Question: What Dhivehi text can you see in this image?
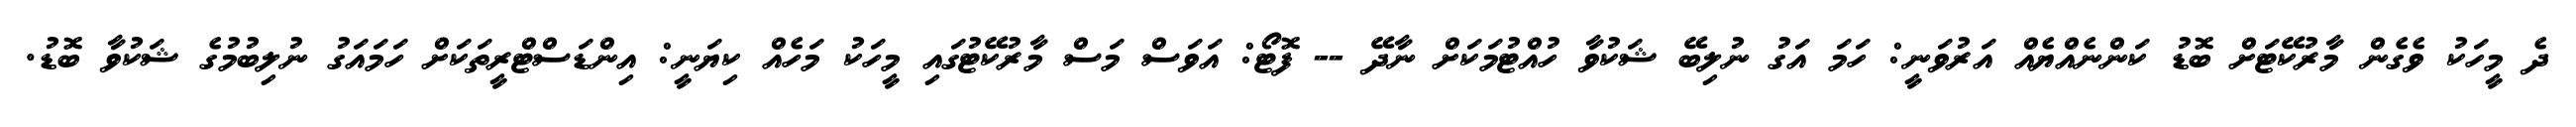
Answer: ދެ މީހަކު ވެގެން މާރުކޭޓަށް ބޮޑު ކަންނެއްޔެއް އަރުވަނީ: ހަމަ އަގު ނުލިބޭ ޝަކުވާ ހުއްޓުމަކަށް ނާދޭ -- ފޮޓޯ: އަވަސް މަސް މާރުކޭޓުގައި މީހަކު މަހެއް ކިޔަނީ: އިންޑަސްޓްރީތަކަށް ހަމައަގު ނުލިބުމުގެ ޝަކުވާ ބޮޑު.